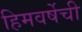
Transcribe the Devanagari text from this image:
हिमवर्षेची